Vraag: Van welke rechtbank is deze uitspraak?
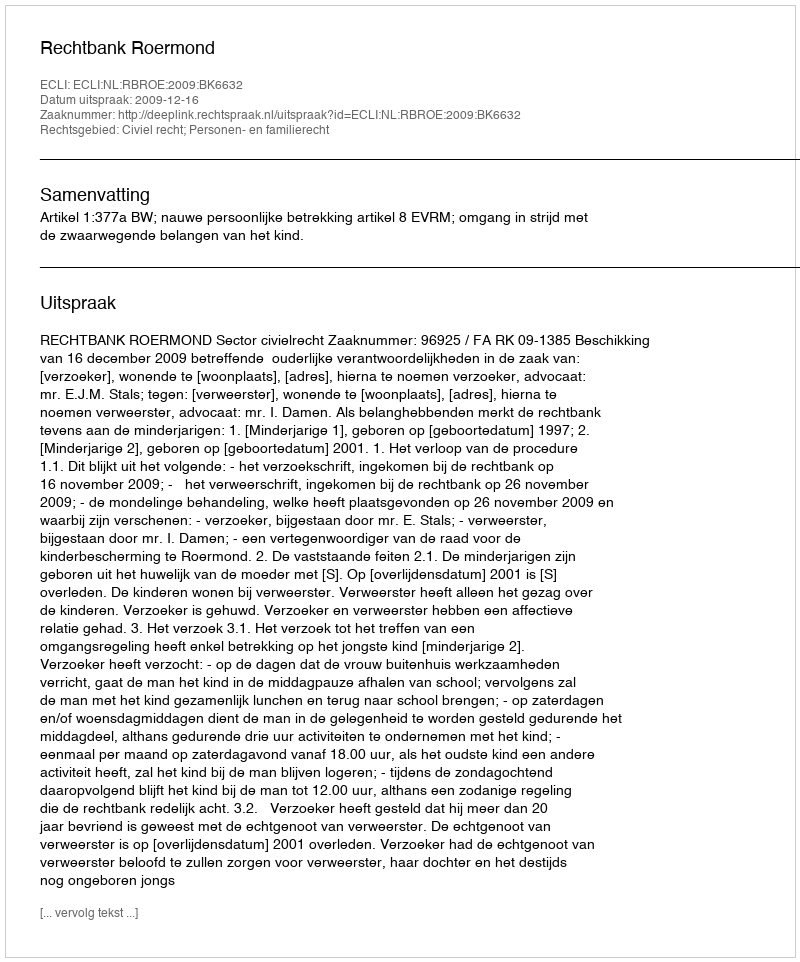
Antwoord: Rechtbank Roermond